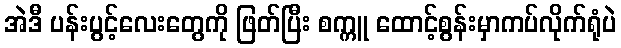
အဲဒီ ပန်းပွင့်လေးတွေကို ဖြတ်ပြီး စက္ကူ ထောင့်စွန်းမှာကပ်လိုက်ရုံပဲ